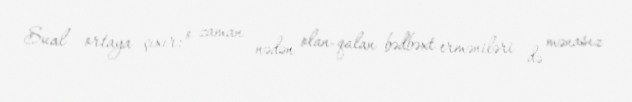
Sual ortaya çıxır: o zaman nədən olan-qalan bədbəxt erməniləri də mənasız